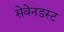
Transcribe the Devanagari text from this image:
सेवेनडस्ट